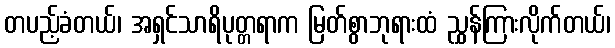
တပည့်ခံတယ်၊ အရှင်သာရိပုတ္တရာက မြတ်စွာဘုရားထံ ညွှန်ကြားလိုက်တယ်၊